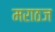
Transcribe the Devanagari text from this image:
मराठज